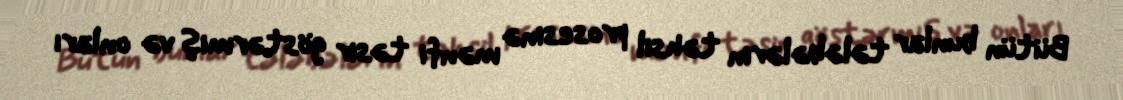
Bütün bunlar tələbələrin təhsil prosesinə mənfi təsir göstərmiş və onları